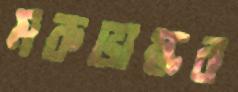
মরুভাষ্কর